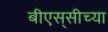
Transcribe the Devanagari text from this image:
बीएस्‌सीच्या